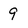
Character: 9